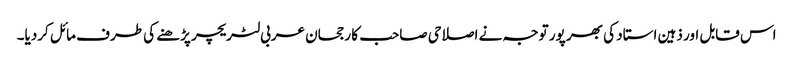
اس قابل اور ذہین استاد کی بھر پور توجہ نے اصلاحی صاحب کا رجحان عربی لٹریچر پڑھنے کی طرف مائل کردیا۔